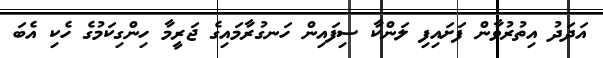
އަދަދު އިތުރުވާން ފަށައިފި ލަންކާ ސިފައިން ހަނގުރާމައިގެ ޖަރީމާ ހިންގިކަމުގެ ހެކި އެބަ